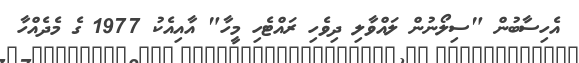
އެހިސާބުން "ސިލޯނުން ލައްވާލި ދިވެހި ރައްޓެހި މީހާ" އާއިއެކު 1977 ގެ މެދެއްހާ